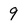
Character: 9